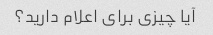
آیا چیزی برای اعلام دارید؟